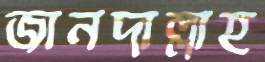
জানদাল্লাহ